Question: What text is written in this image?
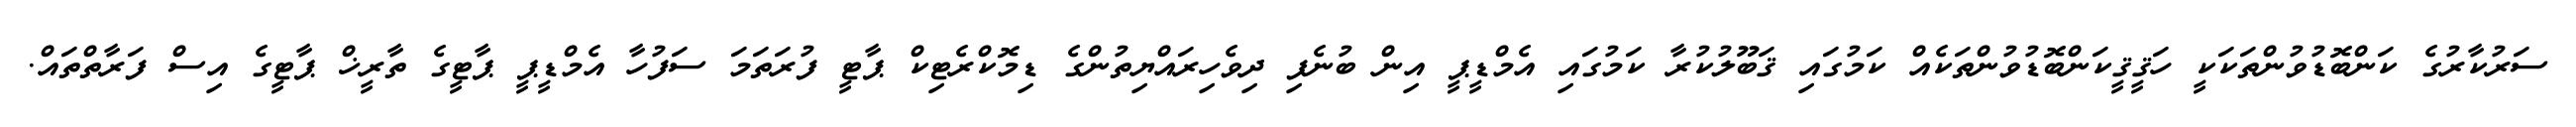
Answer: ސަރުކާރުގެ ކަންބޮޑުވުންތަކަކީ ހަޤީޤީކަންބޮޑުވުންތަކެއް ކަމުގައި ޤަބޫލުކުރާ ކަމުގައި އެމްޑީޕީ އިން ބުނެފި ދިވެހިރައްޔިތުންގެ ޑިމޮކްރެޓިކް ޕާޓީ ފުރަތަމަ ސަފުހާ އެމްޑީޕީ ޕާޓީގެ ތާރީޚް ޕާޓީގެ އިސް ފަރާތްތައް.